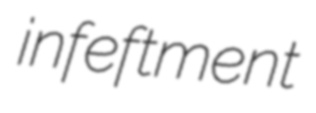
infeftment